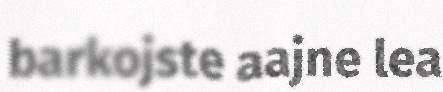
barkojste aajne lea